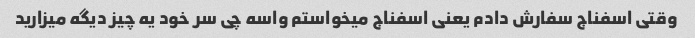
وقتی اسفناج سفارش دادم یعنی اسفناج میخواستم واسه چی سر خود یه چیز دیگه میزارید